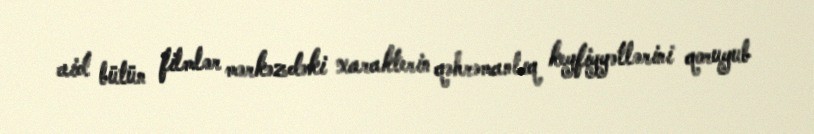
aid bütün filmlər mərkəzdəki xarakterin qəhrəmanlıq keyfiyyətlərini qoruyub